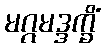
မဂ္ဂမဒ္ဒက္ခိံ